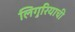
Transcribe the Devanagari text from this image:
लिगुरियाची